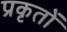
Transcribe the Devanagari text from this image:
प्रकृतों